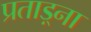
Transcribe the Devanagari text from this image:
प्रताड़्ना